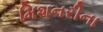
મિશનરીના